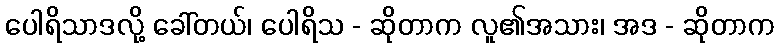
ပေါရိသာဒလို့ ခေါ်တယ်၊ ပေါရိသ - ဆိုတာက လူ၏အသား၊ အဒ - ဆိုတာက